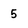
Character: 5